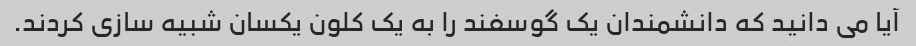
آیا می دانید که دانشمندان یک گوسفند را به یک کلون یکسان شبیه سازی کردند.